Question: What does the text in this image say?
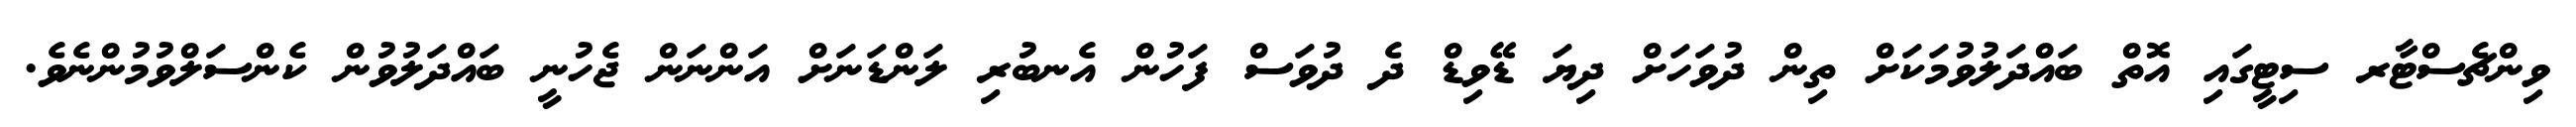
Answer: ވިންޗެސްޓާރ ސިޓީގައި އޮތް ބައްދަލުވުމަކަށް ތިން ދުވަހަށް ދިޔަ ޑޭވިޑް ދެ ދުވަސް ފަހުން އެނބުރި ލަންޑަނަށް އަންނަން ޖެހުނީ ބައްދަލުވުން ކެންސަލްވުމުންނެވެ.